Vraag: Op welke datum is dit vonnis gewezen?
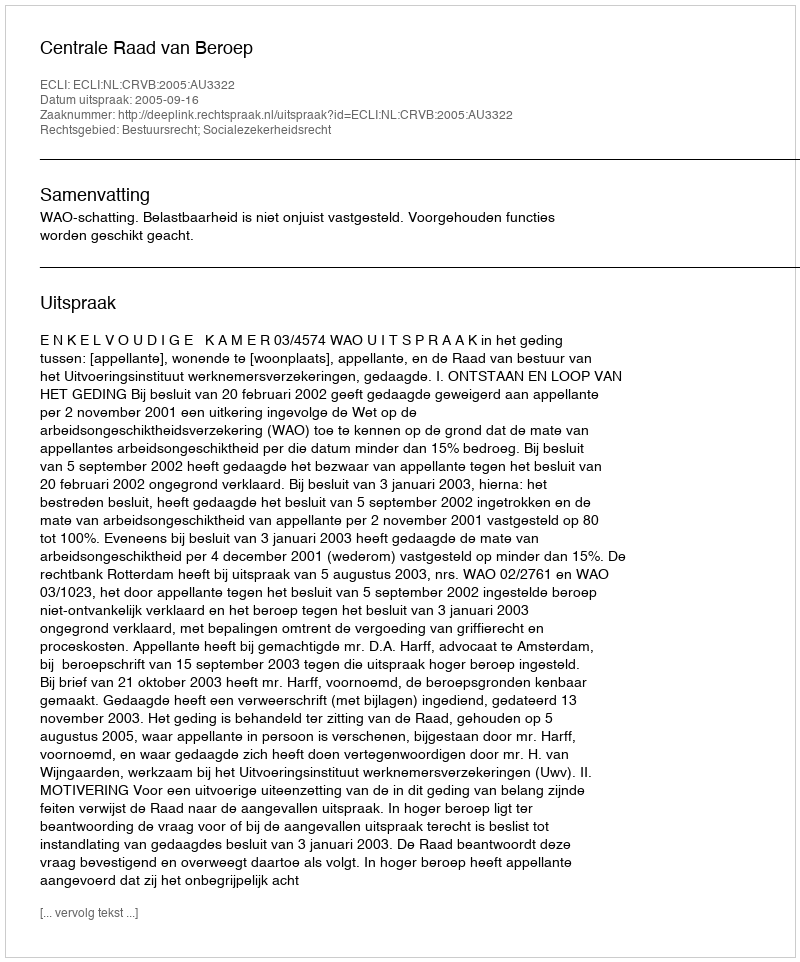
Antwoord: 2005-09-16